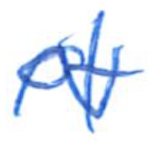
Text: of
Cross-out: wave
Writing tool: ballpoint